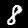
Label: 8